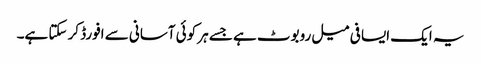
یہ ایک ایسا فی میل روبوٹ ہے جسے ہر کوئی آسانی سے افورڈ کر سکتا ہے۔